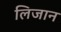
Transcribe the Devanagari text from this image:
लिजान